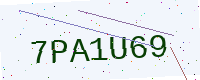
Text: 7PA1U69